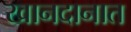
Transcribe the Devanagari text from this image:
खानदानात